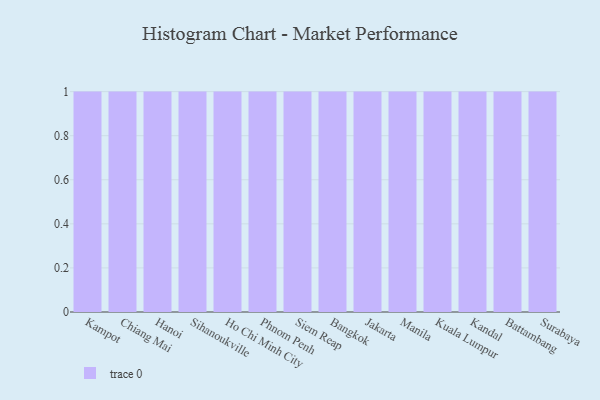
{"axis": {"x": "City", "y": "Backlog"}, "legend": [""], "data": [{"x": "Kampot", "y": 67, "type": ""}, {"x": "Chiang Mai", "y": 7, "type": ""}, {"x": "Hanoi", "y": 2, "type": ""}, {"x": "Sihanoukville", "y": 56, "type": ""}, {"x": "Ho Chi Minh City", "y": 88, "type": ""}, {"x": "Phnom Penh", "y": 42, "type": ""}, {"x": "Siem Reap", "y": 12, "type": ""}, {"x": "Bangkok", "y": 72, "type": ""}, {"x": "Jakarta", "y": 20, "type": ""}, {"x": "Manila", "y": 57, "type": ""}, {"x": "Kuala Lumpur", "y": 55, "type": ""}, {"x": "Kandal", "y": 60, "type": ""}, {"x": "Battambang", "y": 19, "type": ""}, {"x": "Surabaya", "y": 25, "type": ""}]}